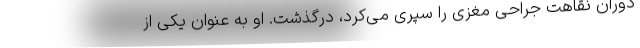
دوران نقاهت جراحی مغزی را سپری می‌کرد، درگذشت. او به عنوان یکی از